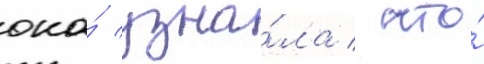
она́ узна́ла / что́